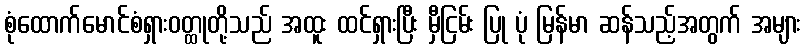
စုံထောက်မောင်စံရှားဝတ္ထုတို့သည် အထူး ထင်ရှားပြီး မှီငြမ်း ပြု ပုံ မြန်မာ ဆန်သည့်အတွက် အများ